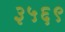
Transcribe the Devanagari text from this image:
३५६९